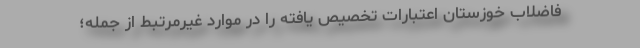
فاضلاب خوزستان اعتبارات تخصیص یافته را در موارد غیرمرتبط از جمله؛